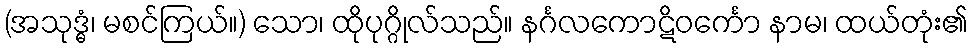
(အသုဒ္ဓံ၊ မစင်ကြယ်။) သော၊ ထိုပုဂ္ဂိုလ်သည်။ နင်္ဂလကောဋိဝင်္ကော နာမ၊ ထယ်တုံး၏